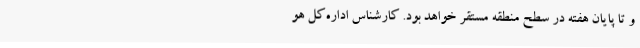
و تا پایان هفته در سطح منطقه مستقر خواهد بود. کارشناس اداره‌کل هو